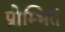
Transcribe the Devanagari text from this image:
प्रोम्भितं